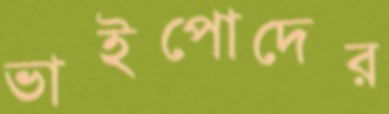
ভাইপোদের